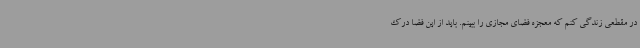
در مقطعی زندگی کنم که معجزه فضای مجازی را ببینم. باید از این فضا درک